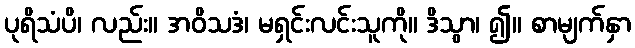
ပုရိသံပိ၊ လည်း။ အဝိသဒံ၊ မရှင်းလင်းသူကို။ ဒိသွာ၊ ၍။ စာမျက်နှာ